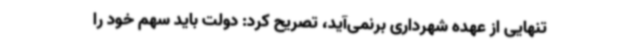
تنهایی از عهده شهرداری برنمی‌آید، تصریح کرد: دولت باید سهم خود را